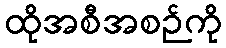
ထိုအစီအစဉ်ကို